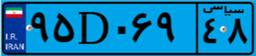
۵۱D۶۰۶۲۵